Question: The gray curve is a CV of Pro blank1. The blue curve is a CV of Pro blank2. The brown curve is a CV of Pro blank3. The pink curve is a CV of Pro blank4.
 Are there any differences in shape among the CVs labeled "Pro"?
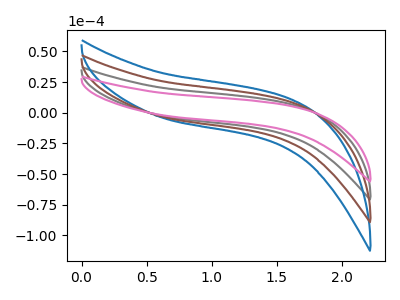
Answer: <think>The gray curve "Pro blank1" has no peaks. The blue curve "Pro blank2" has no peaks. The brown curve "Pro blank3" has no peaks. The pink curve "Pro blank4" has no peaks.
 Neither "Pro blank1" or "Pro blank2" have any peaks. Neither "Pro blank1" or "Pro blank3" have any peaks. Neither "Pro blank1" or "Pro blank4" have any peaks. Neither "Pro blank2" or "Pro blank3" have any peaks. Neither "Pro blank2" or "Pro blank4" have any peaks. Neither "Pro blank3" or "Pro blank4" have any peaks.</think>
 <answer>All the CV's of "Pro" have similar shape.</answer>
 <eval>follow_rule</eval>